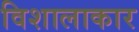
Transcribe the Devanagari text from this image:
विशालाकार